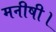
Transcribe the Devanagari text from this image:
मनीषी।